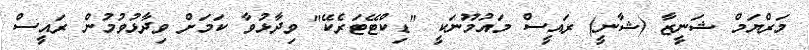
މަރްޔަމް ޝަނީޒާ (ޝާނީ) ރައީސް މައުމޫނަކީ "ޑިކްޓޭޓަރެކޭ" ވިދާޅުވާ ކަމަށް ވިދާޅުވުމުން ރައީސް